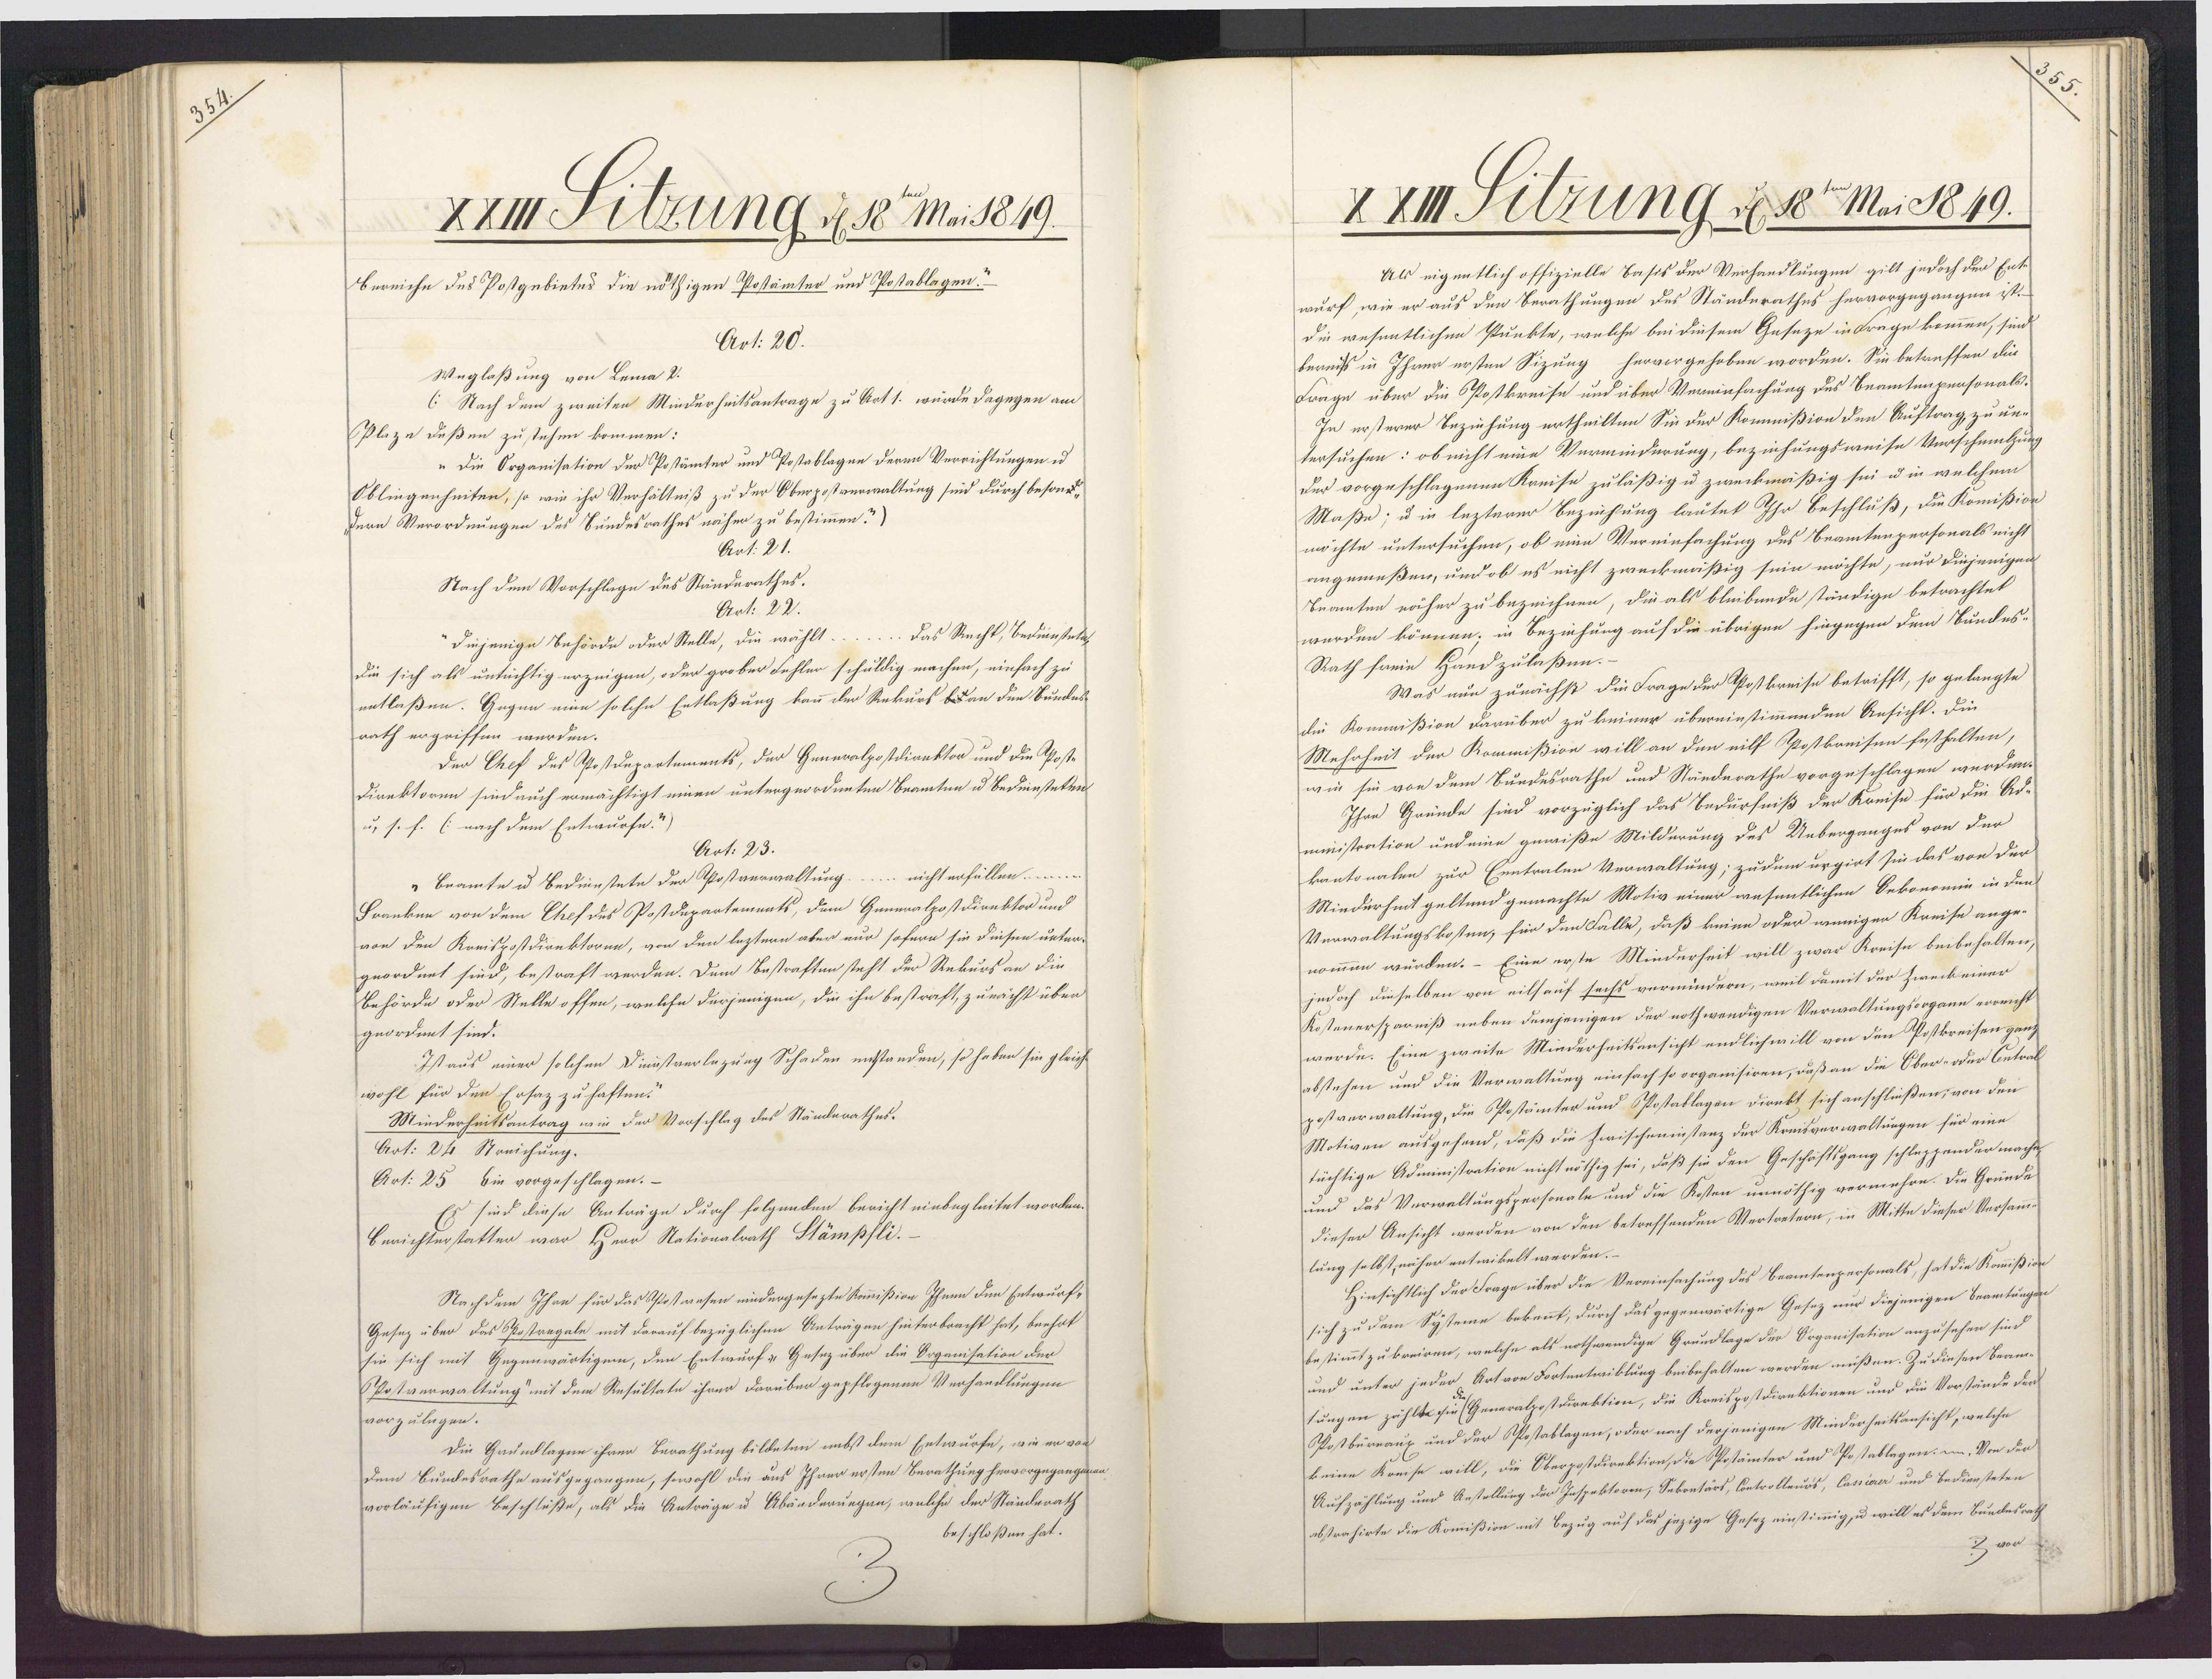
XXII Fzung d 18t Mai 1819.
Bereiche des Postgebietes die nöthigen Postämter und Postablagen“
Art. 20.
Wnglaßung von Lema 2.
(Nach dem zweiten Minderheitsantrage zu Art 1. würde dagegen am
Plaze deßen zustehen kommen:
„Die Organisation der Postämter und Postablagen deren Verrichtungen u.
Oblingenheiten, so wie ihr Verhältniß zu der Oberpostverwaltung sind durch besond¬
Dern Verordnungen des Bundesrathes näher zu bestimmen?)
Art. 21.
Nach dem Vorschlage des Ständsrathes.
Art. 22.
diejenige Behörde oder Stelle, die wählt Das Recht, Bedienstelih
die sich als untüchtig erzeigen, oder grober Fehler schuldig machen, einfach zu
entlaßen. Gegen eine solche Entlaßung kann der Rekurs bes an den Bundes
rath ergriffen werden.
Der Chef des Apostdepartements, der Generalpostdirektor und die Aposte
Direktoren sind auch ermächtigt einen untergeordneten Beamten u Bedennsteten
u, s. f. ( nach dem Entwurfe")
Art. 23.
"Beamte u Bedienstete der Ppostverwaltung nicht erfüllen
Franken von dem Chef des Postdepartemeats, dem Generalpostdirektor und
von den Kreispostdirektoren, von den leztern aber nur sofern sie diesen unter¬
geordnet sind, bestraft werden. Dem Bestraften steht der Rekurs an die
Behörde oder Stelle offen, welche derjenigen, die ihn bestraft, zunächt über
geordnet sind.
Ist aus einer solchen Dinistverlazung Schaden untstanden, so haben sie gleiche
wohl für den Ersaz zu haften.
Minderheitsantrag wie der Vorschlag des Ständerathes.
Art: 24 Streichung.
Art. 25 Ein vorgeschlagen.-
Es sind diese Anträge durch folgenden bericht einbegleitet worden.
Berichterstatter war Herr Nationalrath Stämpfli.
Nachdem Ihre für das Postwesen niedergesezte Kommißion Ihnen den Entwurf¬
Gesez über das Ppostregale mit darauf bezüglichen Anträgen hinterbracht hat, beehat
sin sich mit Gegenwärtigem, den Entwurf " Gesez über die Organisation der
Postverwaltung mit dem Resultate ihrer darüber gepflogenen Verhandlungen
vorzulegen.
Die Gaundlagen ihrer Berathung bildeten nebst dem Entwurfe, wie er von
dem Bundesrathe ausgegangen, sowohl die aus Ihrer ersten Berathung hervorgegangenen
vorläufigen Beschleße, als die Anträge u Abänderungen, welche der Ständerath
beschloßen hat.

XXIII Silzung d 18te Maic1849.
Als eigentlich offizielle Basis der Verhandlungen gilt jedoch den Ent¬
wurf, wie er aus den Berathungen des Ständerathes hervorgegangen ist.
die wesentlichen Punkte, welche bei diesem Geseze in Krage kommen, sind
bereiss in Ihrer ersten Sizung hervorgehoben worden. Sie betreffen die
Frage über die Postkreise und über Vereinfachung des Beamtenpensonals¬
In ersterer Beziehung ertheilten Sie der Kommißion den Auftrag zu un¬
tersuchen: ob nicht eine Verminderung, beziehungsweise Verschmichung
Der vorgeschlagenen Kreise zuläßig u zweckmäßig sei u in welchem
Maße; u in lezterer Bezichung lautet Ihr Beschluß, die Komißion
möchte untersuchen, ob ein Vereinfachung des Beamtenpersonals nicht
angemeßen, und ob es nicht zweckmäßig sein möchte, nur diejenigen
Beamten näher zu bezeichnen, die als bleibende ständige betrachtet
werden können. in Beziehung auf die übrigen hingegen dem Bundes-
Rath freie Handzulaßen.-
Was nun zunächst die Frage der Postkreise betrifft, so gelangte
die Kommißion darüber zu keiner übereinstimmenden Ansicht. Die
Mehrheit der Kommißion will an den eilf Ppostkreisen festhalten,
wie sie von dem Bundesrathe und Ständerathe vorgeschlagen werden.
Ihre Gründe sind vorzüglich das Bedürfniß der Kreise für die Ad-
ministration und eine gewiße Milderung des Ueberganges von der
kantonalen zur Enntralen Verwaltung; zudem urgirt sie das von der
Minderheit geltend gemachte Motiv einer wesentlichen Sekonomie in den
Verwaltungskosten, für den Fälle, daß keine oder wenigen Kreise ange-
nommen würden. – Eine erste Minderheit will zwar Kreise beibehalten,
jedoch dieselben von eilsauf sachs vermindern, weil damit der Zweck einer
Kostenersparniß neben demjenigen der nothwendigen Verwaltungssogann vorricht
werde. Eine zweite Minderheitsansicht endlichwill von den Postkreisen ganz
abstehen und die Verwaltung einsach so organisiren, daß an die Ober- oder Cntral¬
postverwaltung, die Postämter und Ppostablagen direkt sich anschließen, von den
Motiven ausgehend, daß die Zwischeninstanz der Kreisverwaltungen für eine
tüchtige Administration nicht nöthig sei, daß sie den Geschäftsgang schleppender machen
und das Verwaltungspersonale und die Kosten unnöthig vermehre. Die Gründe
dieser Ansicht werden von den betreffenden Vertretern, in Mitte dieser Versamme
lung selbst, näher entwikelt werden.
Hinsichtlich der Frage über die Vereinsachung des Beamtenpersonals, hat die Komißion
sich zu dem Systeme bekannt, durch das gegenwärtige Gesez nur diejenigen Beamtungen
bestimmt zukreiren, welche als nothwendige Grundlage der Ooganisation anzusehen sind.
und unter jeder Artvon Fortentwiklung beibehalten werden müßen. Zu diesen Beame-
tungen zählte si (Generalpostdrektion, die Kreispostdirektionen und die Vorstände der
Postbüreaup und der Ppostablagen, oder nach derjenigen Minderheitsansicht, welche
keine Kreise will, die Oberpostdirektion, die Postämter und Postablagen: in. Von den
Aufzählung und Anstellung der Inspektoren, Sekontärs, Controlleurs, Cassiaer und Bediensteten
abstrahirte die Komißion mit Bezug auf das jezige Gesez einstimmig, u will es dem Bundesrath
3 von